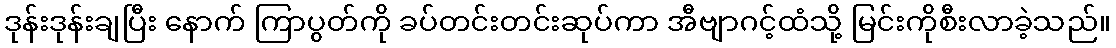
ဒုန်းဒုန်းချပြီး နောက် ကြာပွတ်ကို ခပ်တင်းတင်းဆုပ်ကာ အီဗျာဂင့်ထံသို့ မြင်းကိုစီးလာခဲ့သည်။